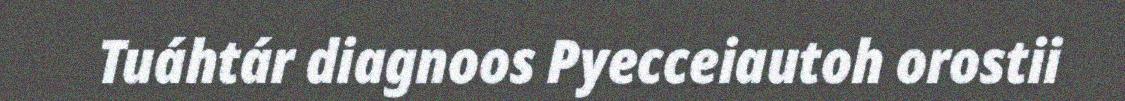
Tuáhtár diagnoos Pyecceiautoh orostii